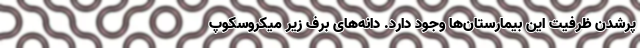
پرشدن ظرفیت این بیمارستان‌ها وجود دارد. دانه‌های برف زیر میکروسکوپ